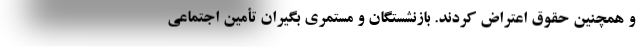
و همچنین حقوق اعتراض کردند. بازنشستگان و مستمری بگیران تأمین اجتماعی